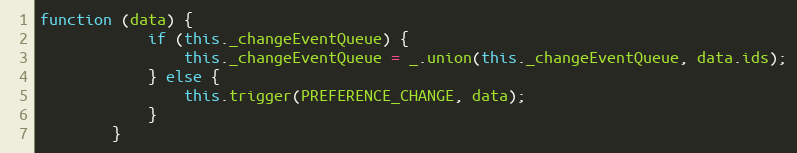
Language: JavaScript
function (data) {
            if (this._changeEventQueue) {
                this._changeEventQueue = _.union(this._changeEventQueue, data.ids);
            } else {
                this.trigger(PREFERENCE_CHANGE, data);
            }
        }